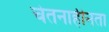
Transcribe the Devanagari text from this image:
चेतनाहीनता